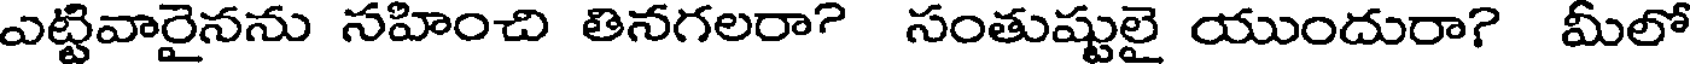
ఎట్టివారైనను నహించి తినగలరా? సంతుష్టులై యుందురా? మీలో